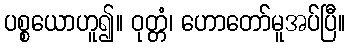
ပစ္စယောဟူ၍။ ဝုတ္တံ၊ ဟောတော်မူအပ်ပြီ။